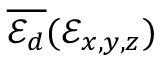
\overline { { \mathscr { E } _ { d } } } ( \mathcal { E } _ { x , y , z } )